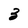
Character: 3